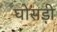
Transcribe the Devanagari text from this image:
घोसड़ी